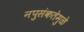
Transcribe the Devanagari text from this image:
नपुसंकतेमुळे